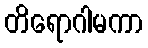
တိရောဂါမကာ